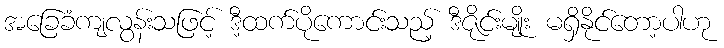
အခြေခံကျလွန်းသဖြင့် ဒီ့ထက်ပိုကောင်းသည့် ဒီဇိုင်းမျိုး မရှိနိုင်တော့ပါဟု